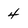
Character: 4